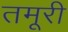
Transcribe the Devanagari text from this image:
तमूरी